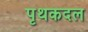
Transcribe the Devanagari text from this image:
पृथकदल